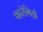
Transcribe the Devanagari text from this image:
फारेमिड़ो